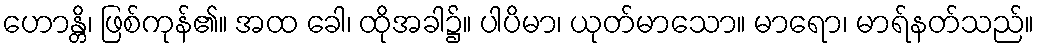
ဟောန္တိ၊ ဖြစ်ကုန်၏။ အထ ခေါ၊ ထိုအခါ၌။ ပါပိမာ၊ ယုတ်မာသော။ မာရော၊ မာရ်နတ်သည်။